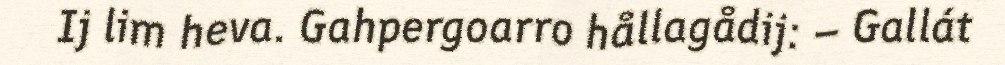
Ij lim heva. Gahpergoarro hållagådij: – Gallát